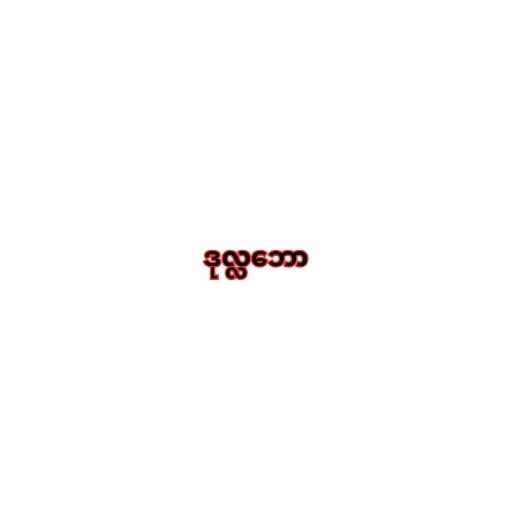
ဒုလ္လဘော